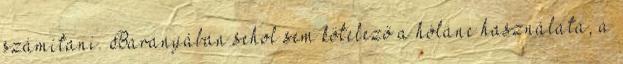
számítani. Baranyában sehol sem kötelező a hólánc használata, a